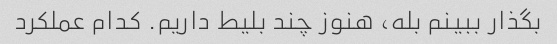
بگذار ببینم بله، هنوز چند بلیط داریم. کدام عملکرد